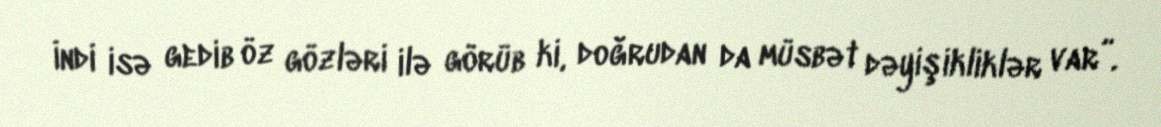
İndi isə gedib öz gözləri ilə görüb ki, doğrudan da müsbət dəyişikliklər var”.